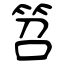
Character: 笤